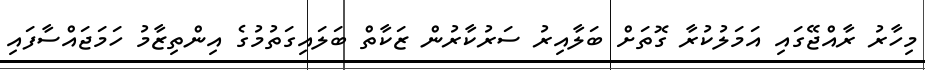
މިހާރު ރާއްޖޭގައި އަމަލުކުރާ ގޮތަށް ބަލާއިރު ސަރުކާރުން ޒަކާތް ބަލައިގަތުމުގެ އިންތިޒާމު ހަމަޖައްސާފައި